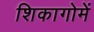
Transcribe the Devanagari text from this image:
शिकागोमें